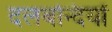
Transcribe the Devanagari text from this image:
दलबन्दियों